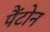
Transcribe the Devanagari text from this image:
पैंटोन